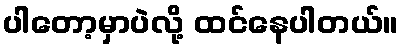
ပါတော့မှာပဲလို့ ထင်နေပါတယ်။